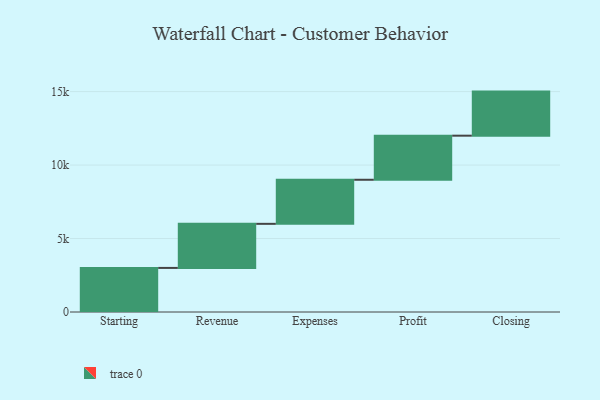
{"axis": {"x": "Step", "y": "Value"}, "legend": [""], "data": [{"x": "Starting", "y": 3000, "type": ""}, {"x": "Revenue", "y": 3000, "type": ""}, {"x": "Expenses", "y": 3000, "type": ""}, {"x": "Profit", "y": 3000, "type": ""}, {"x": "Closing", "y": 3000, "type": ""}]}